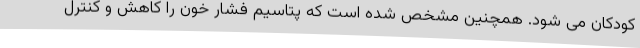
کودکان می شود. همچنین مشخص شده است که پتاسیم فشار خون را کاهش و کنترل